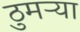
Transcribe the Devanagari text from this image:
ठुमऱ्या